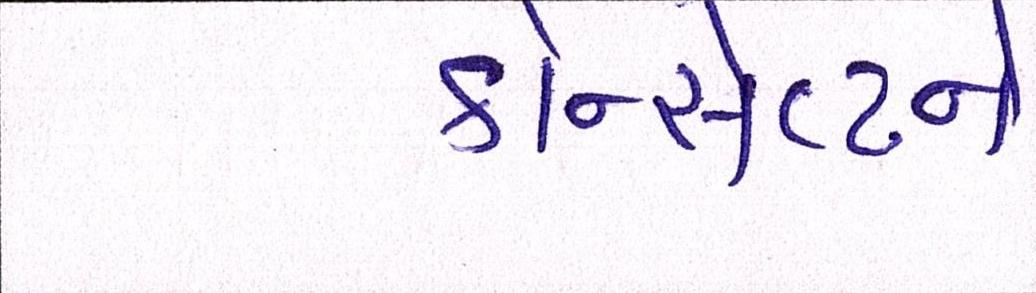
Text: કોન્સેપ્ટને